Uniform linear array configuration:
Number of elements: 12
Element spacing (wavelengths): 0.5
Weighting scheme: blackman
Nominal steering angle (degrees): -15
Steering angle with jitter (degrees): -15.972
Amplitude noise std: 0.05
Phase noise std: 0.05

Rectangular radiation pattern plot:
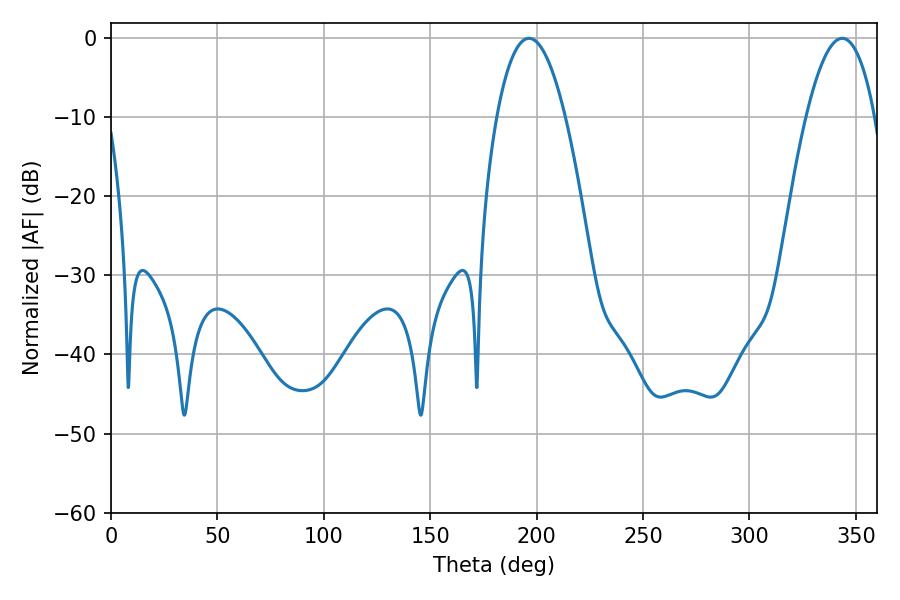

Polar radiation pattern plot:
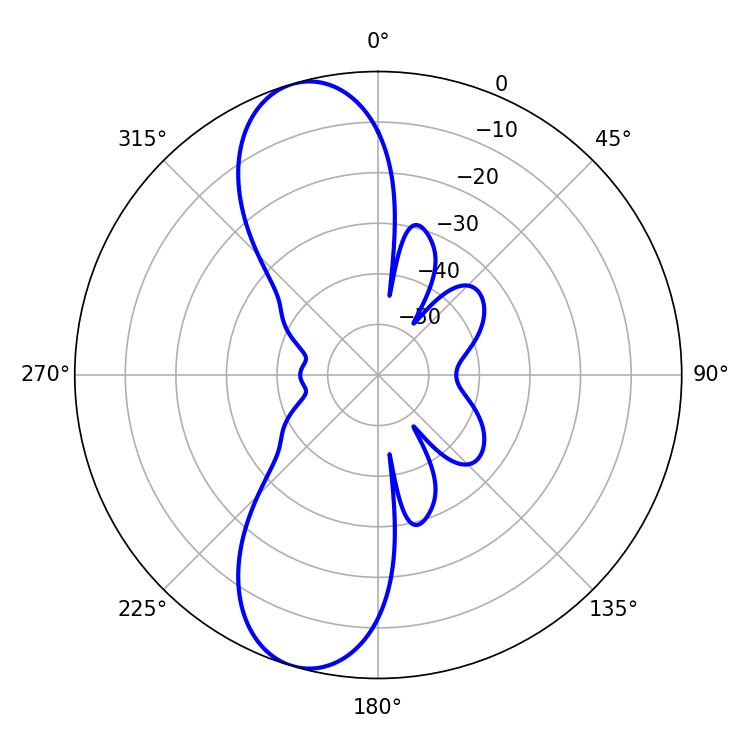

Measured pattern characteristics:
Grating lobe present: FALSE
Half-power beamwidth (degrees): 17.82
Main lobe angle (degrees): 196.38